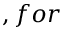
, f o r